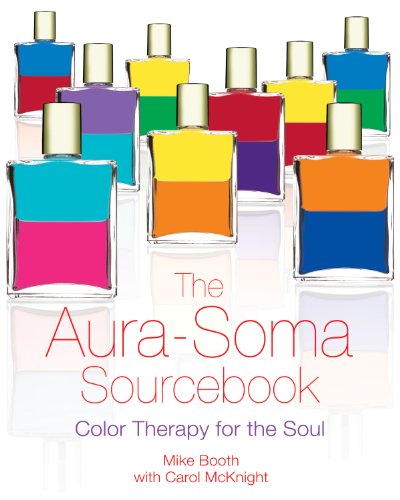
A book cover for The Aura-Soma Sourcebook: Color Therapy for the Soul; Mike Booth; Religion & Spirituality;